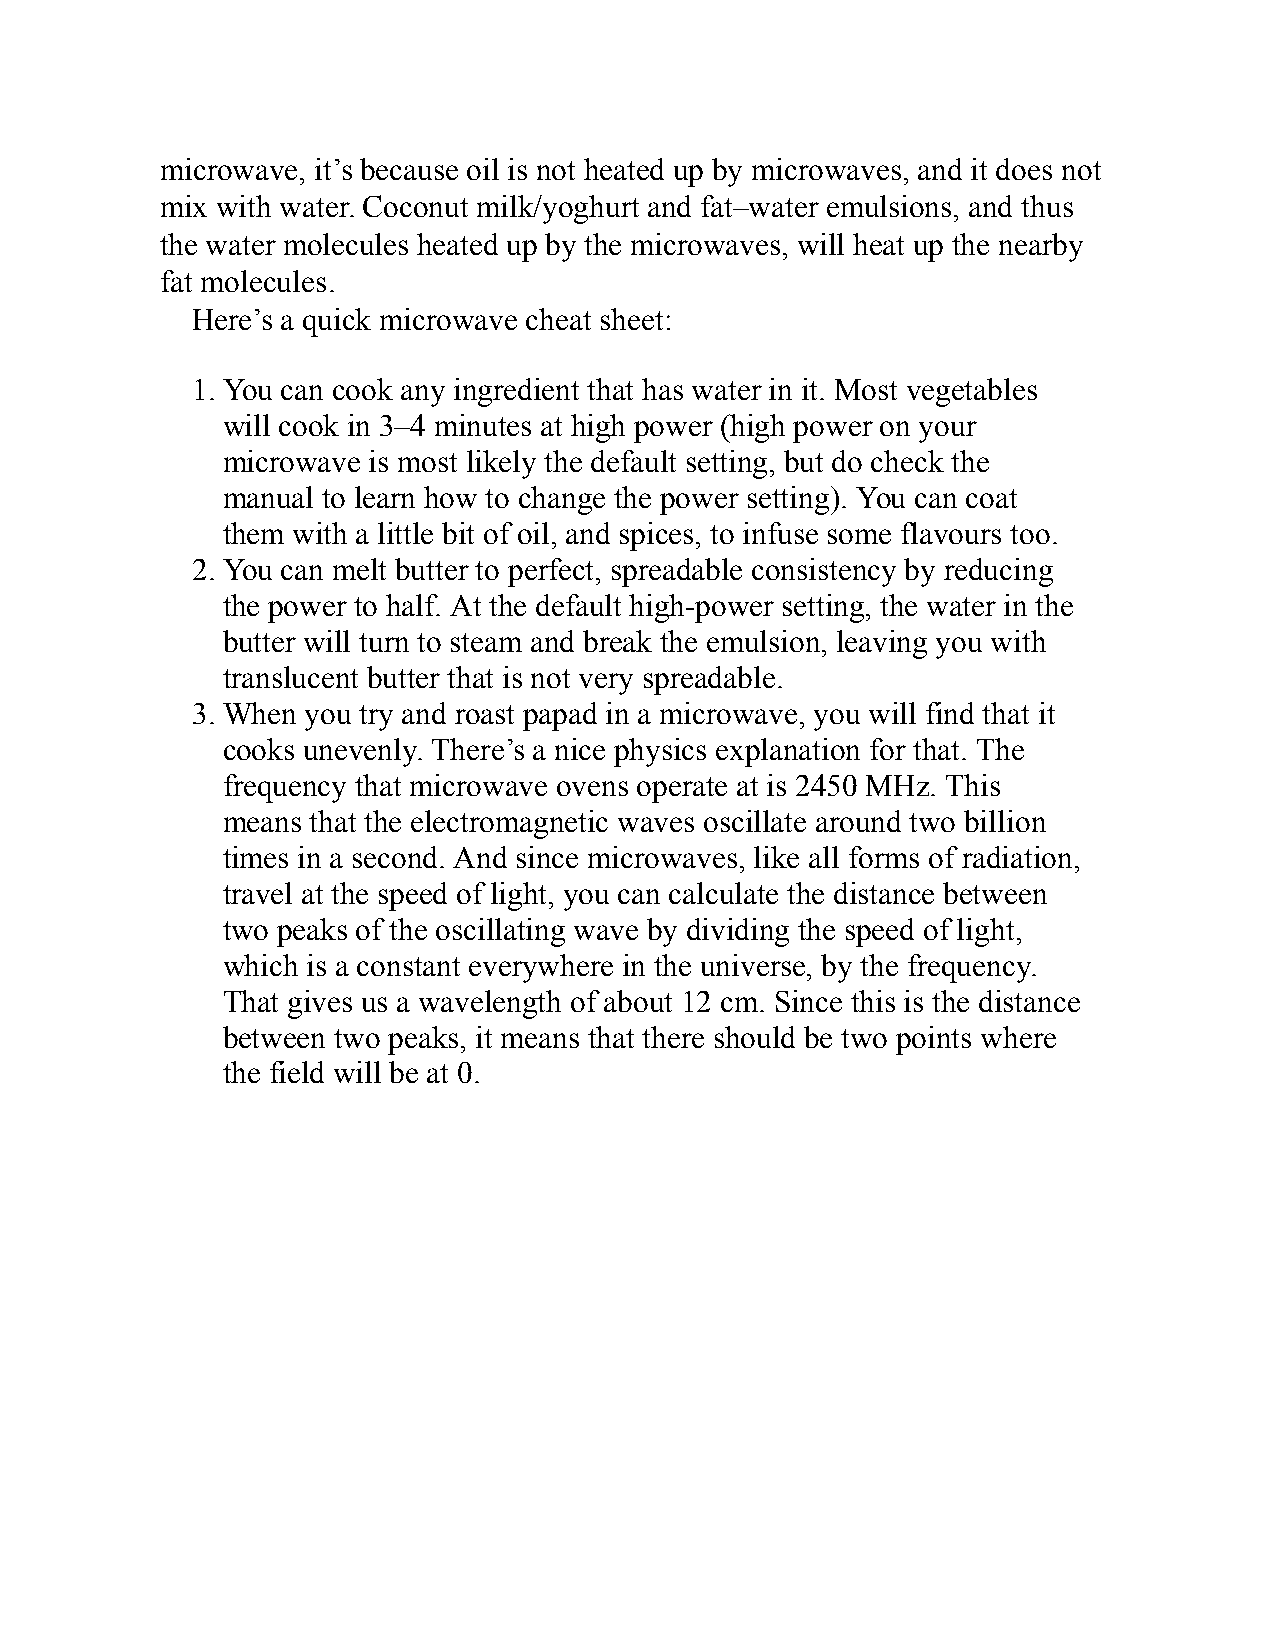
microwave, it’s because oil is not heated up by microwaves, and it does not
 mix with water. Coconut milk/yoghurt and fat–water emulsions, and thus
 the water molecules heated up by the microwaves, will heat up the nearby
 fat molecules.
 Here’s a quick microwave cheat sheet:
 1. You can cook any ingredient that has water in it. Most vegetables
 will cook in 3–4 minutes at high power (high power on your
 microwave is most likely the default setting, but do check the
 manual to learn how to change the power setting). You can coat
 them with a little bit of oil, and spices, to infuse some flavours too.
 2. You can melt butter to perfect, spreadable consistency by reducing
 the power to half. At the default high-power setting, the water in the
 butter will turn to steam and break the emulsion, leaving you with
 translucent butter that is not very spreadable.
 3. When you try and roast papad in a microwave, you will find that it
 cooks unevenly. There’s a nice physics explanation for that. The
 frequency that microwave ovens operate at is 2450 MHz. This
 means that the electromagnetic waves oscillate around two billion
 times in a second. And since microwaves, like all forms of radiation,
 travel at the speed of light, you can calculate the distance between
 two peaks of the oscillating wave by dividing the speed of light,
 which is a constant everywhere in the universe, by the frequency.
 That gives us a wavelength of about 12 cm. Since this is the distance
 between two peaks, it means that there should be two points where
 the field will be at 0.